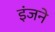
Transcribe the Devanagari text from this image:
इंजने